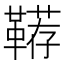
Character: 鞯